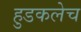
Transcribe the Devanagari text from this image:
हुडकलेच